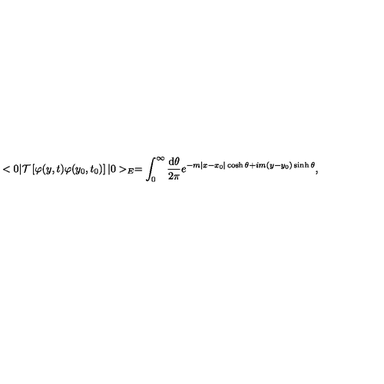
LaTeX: < 0 | { \cal T } \left[ \varphi ( y , t ) \varphi ( y _ { 0 } , t _ { 0 } ) \right] | 0 > _ { E } = \int _ { 0 } ^ { \infty } \frac { \mathrm { d } \theta } { 2 \pi } e ^ { - m | x - x _ { 0 } | \cosh \theta + i m ( y - y _ { 0 } ) \sinh \theta } ,